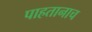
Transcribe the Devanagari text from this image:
पाहतानाच